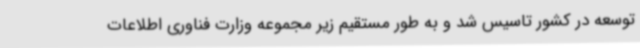
توسعه در کشور تاسیس شد و به طور مستقیم زیر مجموعه وزارت فناوری اطلاعات